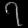
Digit: ၇